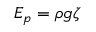
E _ { p } = \rho g \zeta